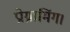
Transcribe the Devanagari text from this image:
प्रोग्रामिंग।